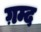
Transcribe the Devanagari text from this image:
ग़म्द